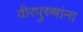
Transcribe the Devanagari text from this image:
वीरपुरुषांना